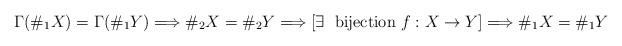
LaTeX: \begin{align*}\Gamma(\#_{1}X)=\Gamma(\#_{1}Y)\Longrightarrow \#_{2}X=\#_{2}Y \Longrightarrow [\exists \; \mbox{ bijection } f:X\rightarrow Y] \Longrightarrow \#_{1}X=\#_{1}Y\end{align*}